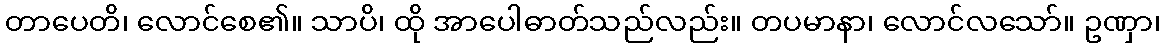
တာပေတိ၊ လောင်စေ၏။ သာပိ၊ ထို အာပေါဓာတ်သည်လည်း။ တပမာနာ၊ လောင်လသော်။ ဥဏှာ၊